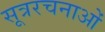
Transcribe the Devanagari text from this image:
सूत्ररचनाओं